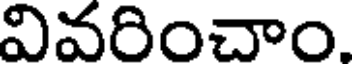
వివరించాం.